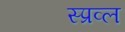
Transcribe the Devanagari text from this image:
स्प्रव्ल